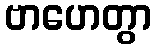
ဗာဟေတွာ